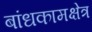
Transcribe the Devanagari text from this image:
बांधकामक्षेत्र